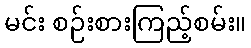
မင်း စဉ်းစားကြည့်စမ်း။